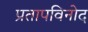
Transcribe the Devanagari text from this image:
प्रतापविनोद